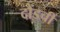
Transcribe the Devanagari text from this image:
दौंडची